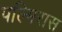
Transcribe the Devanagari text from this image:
पल्मिरास